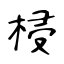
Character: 梫